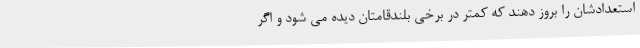
استعدادشان را بروز دهند که کمتر در برخی بلندقامتان دیده می شود و اگر